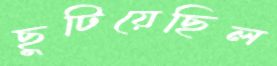
ছুটিয়েছিল